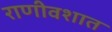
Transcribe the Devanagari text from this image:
राणीवशात